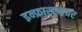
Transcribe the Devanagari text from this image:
इन्फ्रास्ट्रकचर